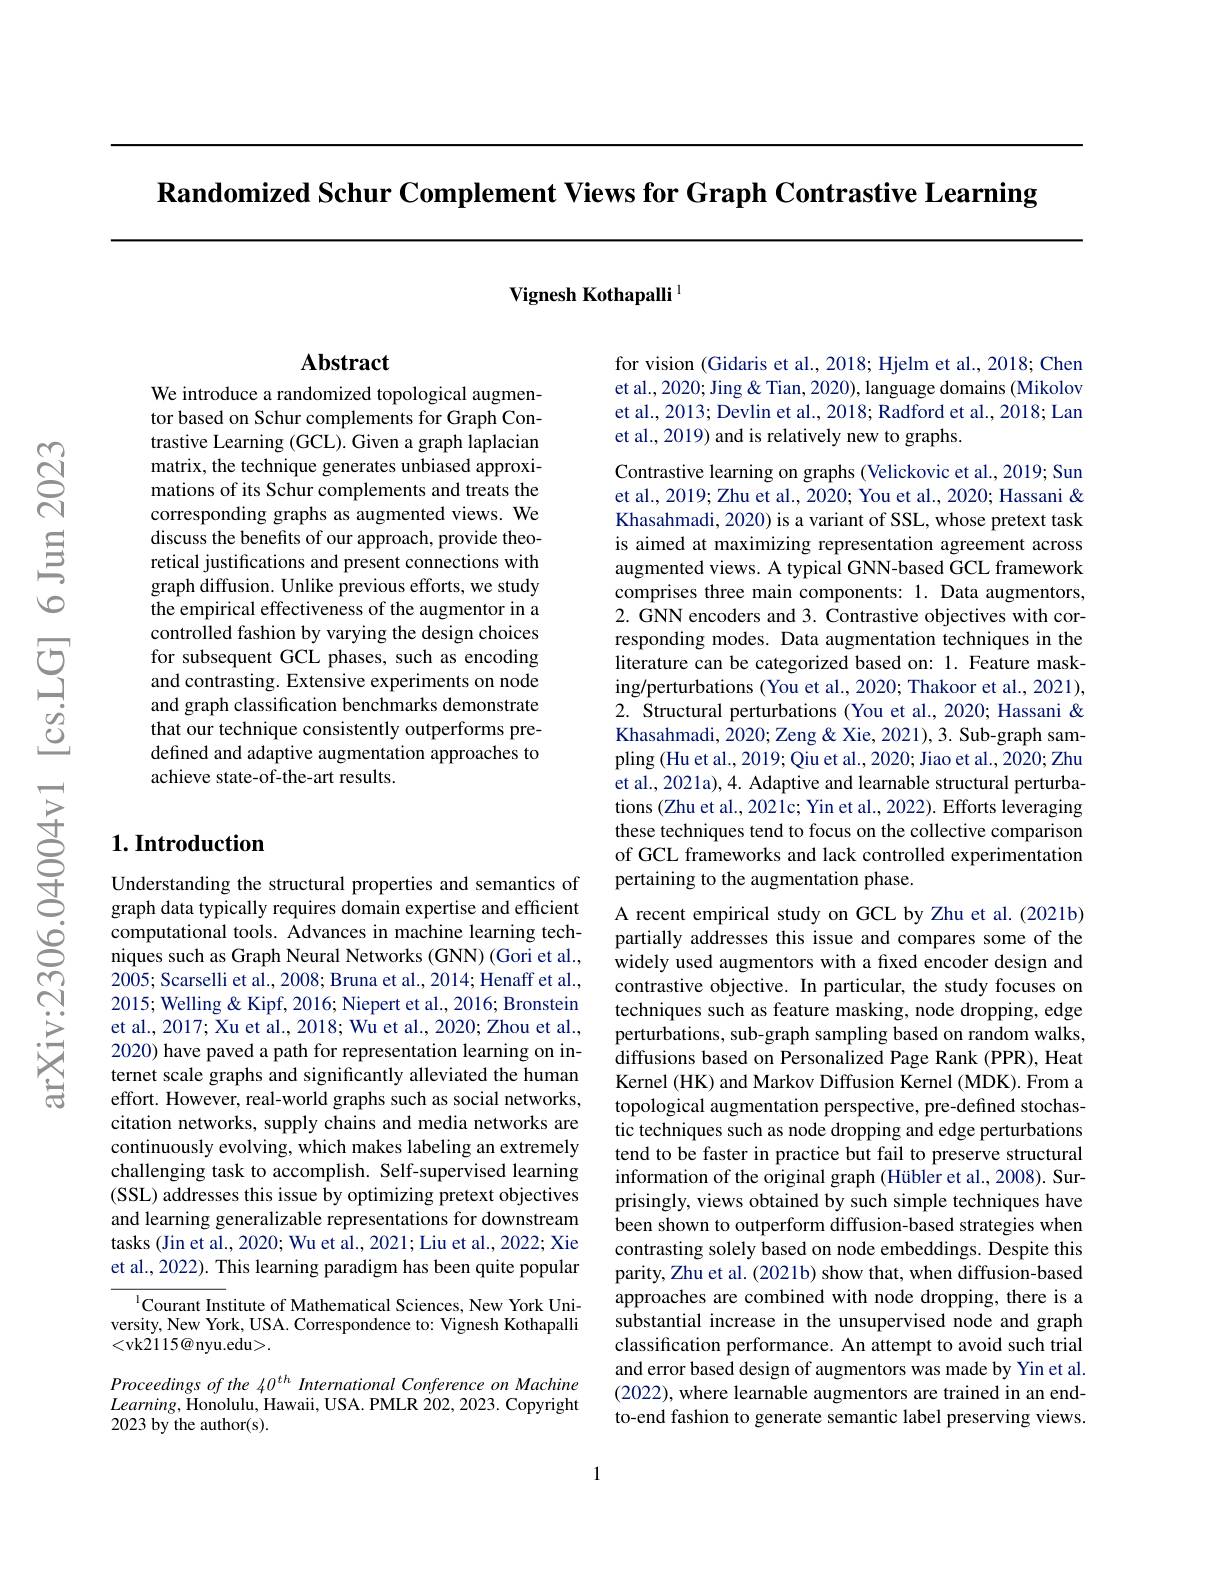
$\textbf{Randomized Schur Complement Views for Graph Contrastive Learning}$

Vignesh Kothapalli Pis

## $\mathbf{Abstract}$

We introduce a randomized topological augmentor based on Schur complements for Graph Contrastive Learning (GCL). Given a graph laplacian matrix, the technique generates unbiased approximations of its Schur complements and treats the corresponding graphs as augmented views. We discuss the benefits of our approach, provide theoretical justifications and present connections with graph diffusion. Unlike previous efforts, we study the empirical effectiveness of the augmentor in a controlled fashion by varying the design choices for subsequent GCL phases, such as encoding and contrasting. Extensive experiments on node and graph classification benchmarks demonstrate that our technique consistently outperforms predefined and adaptive augmentation approaches to achieve state-of-the-art results.

## $1. \textbf{Introduction}$

Understanding the structural properties and semantics of graph data typically requires domain expertise and efficient computational tools. Advances in machine learning techniques such as Graph Neural Networks (GNN) (Gori et al., 2005; Scarselli et al., 2008; Bruna et al., 2014; Henaff et al., 2015; Welling & Kipf, 2016; Niepert et al., 2016; Bronstein et al., 2017; Xu et al., 2018; Wu et al., 2020; Zhou et al., 2020) have paved a path for representation learning on internet scale graphs and significantly alleviated the human effort. However, real-world graphs such as social networks, citation networks, supply chains and media networks are continuously evolving, which makes labeling an extremely challenging task to accomplish. Self-supervised learning (SSL) addresses this issue by optimizing pretext objectives and learning generalizable representations for downstream tasks (Jin et al., 2020; Wu et al., 2021; Liu et al., 2022; Xie et al., 2022). This learning paradigm has been quite popular

$^{1}$Courant Institute of Mathematical Sciences, New York University, New York, USA. Correspondence to: Vignesh Kothapalli <vk2115@nyu.edu>.

Proceedings of the 40$^{th}$ International Conference on Machine $Learning$,Honolulu, Hawaii, USA. PMLR 202,2023. Copyright 2023 by the author(s).

for vision (Gidaris et al., 2018; Hjelm et al., 2018; Chen et al., 2020; Jing & Tian, 2020), language domains ( Mikolov et al., 2013; Devlin et al., 2018; Radford et al., 2018; Lan et al., 2019) and is relatively new to graphs.

Contrastive learning on graphs (Velickovic et al., 2019; Sun et al., 2019; Zhu et al., 2020; You et al., 2020; Hassani & Khasahmadi, 2020) is a variant of SSL, whose pretext task is aimed at maximizing representation agreement across augmented views. A typical GNN-based GCL framework comprises three main components: 1. Data augmentors, 2. GNN encoders and 3. Contrastive objectives with cor- responding modes. Data augmentation techniques in the literature can be categorized based on: 1. Feature masking/perturbations (You et al., 2020; Thakoor et al., 2021), 2. Structural perturbations (You et al., 2020; Hassani & Khasahmadi, 2020; Zeng & Xie, 2021), 3. Sub-graph sampling (Hu et al., 2019; Qiu et al., 2020; Jiao et al., 2020; Zhu et al., 2021a), 4. Adaptive and learnable structural perturbations (Zhu et al., 2021c; Yin et al., 2022). Efforts leveraging these techniques tend to focus on the collective comparison of GCL frameworks and lack controlled experimentation pertaining to the augmentation phase.
A recent empirical study on GCL by Zhu et al. (2021b) partially addresses this issue and compares some of the widely used augmentors with a fixed encoder design and contrastive objective. In particular, the study focuses on techniques such as feature masking, node dropping, edge perturbations, sub-graph sampling based on random walks, diffusions based on Personalized Page Rank (PPR), Heat Kernel (HK) and Markov Diffusion Kernel (MDK). From a topological augmentation perspective, pre-defined stochastic techniques such as node dropping and edge perturbations tend to be faster in practice but fail to preserve structural information of the original graph (Hübler et al., 2008). Surprisingly, views obtained by such simple techniques have been shown to outperform diffusion-based strategies when contrasting solely based on node embeddings. Despite this parity, Zhu et al. (2021b) show that, when diffusion-based approaches are combined with node dropping, there is a substantial increase in the unsupervised node and graph classification performance. An attempt to avoid such trial and error based design of augmentors was made by Yin et al. (2022), where learnable augmentors are trained in an endto-end fashion to generate semantic label preserving views.

1